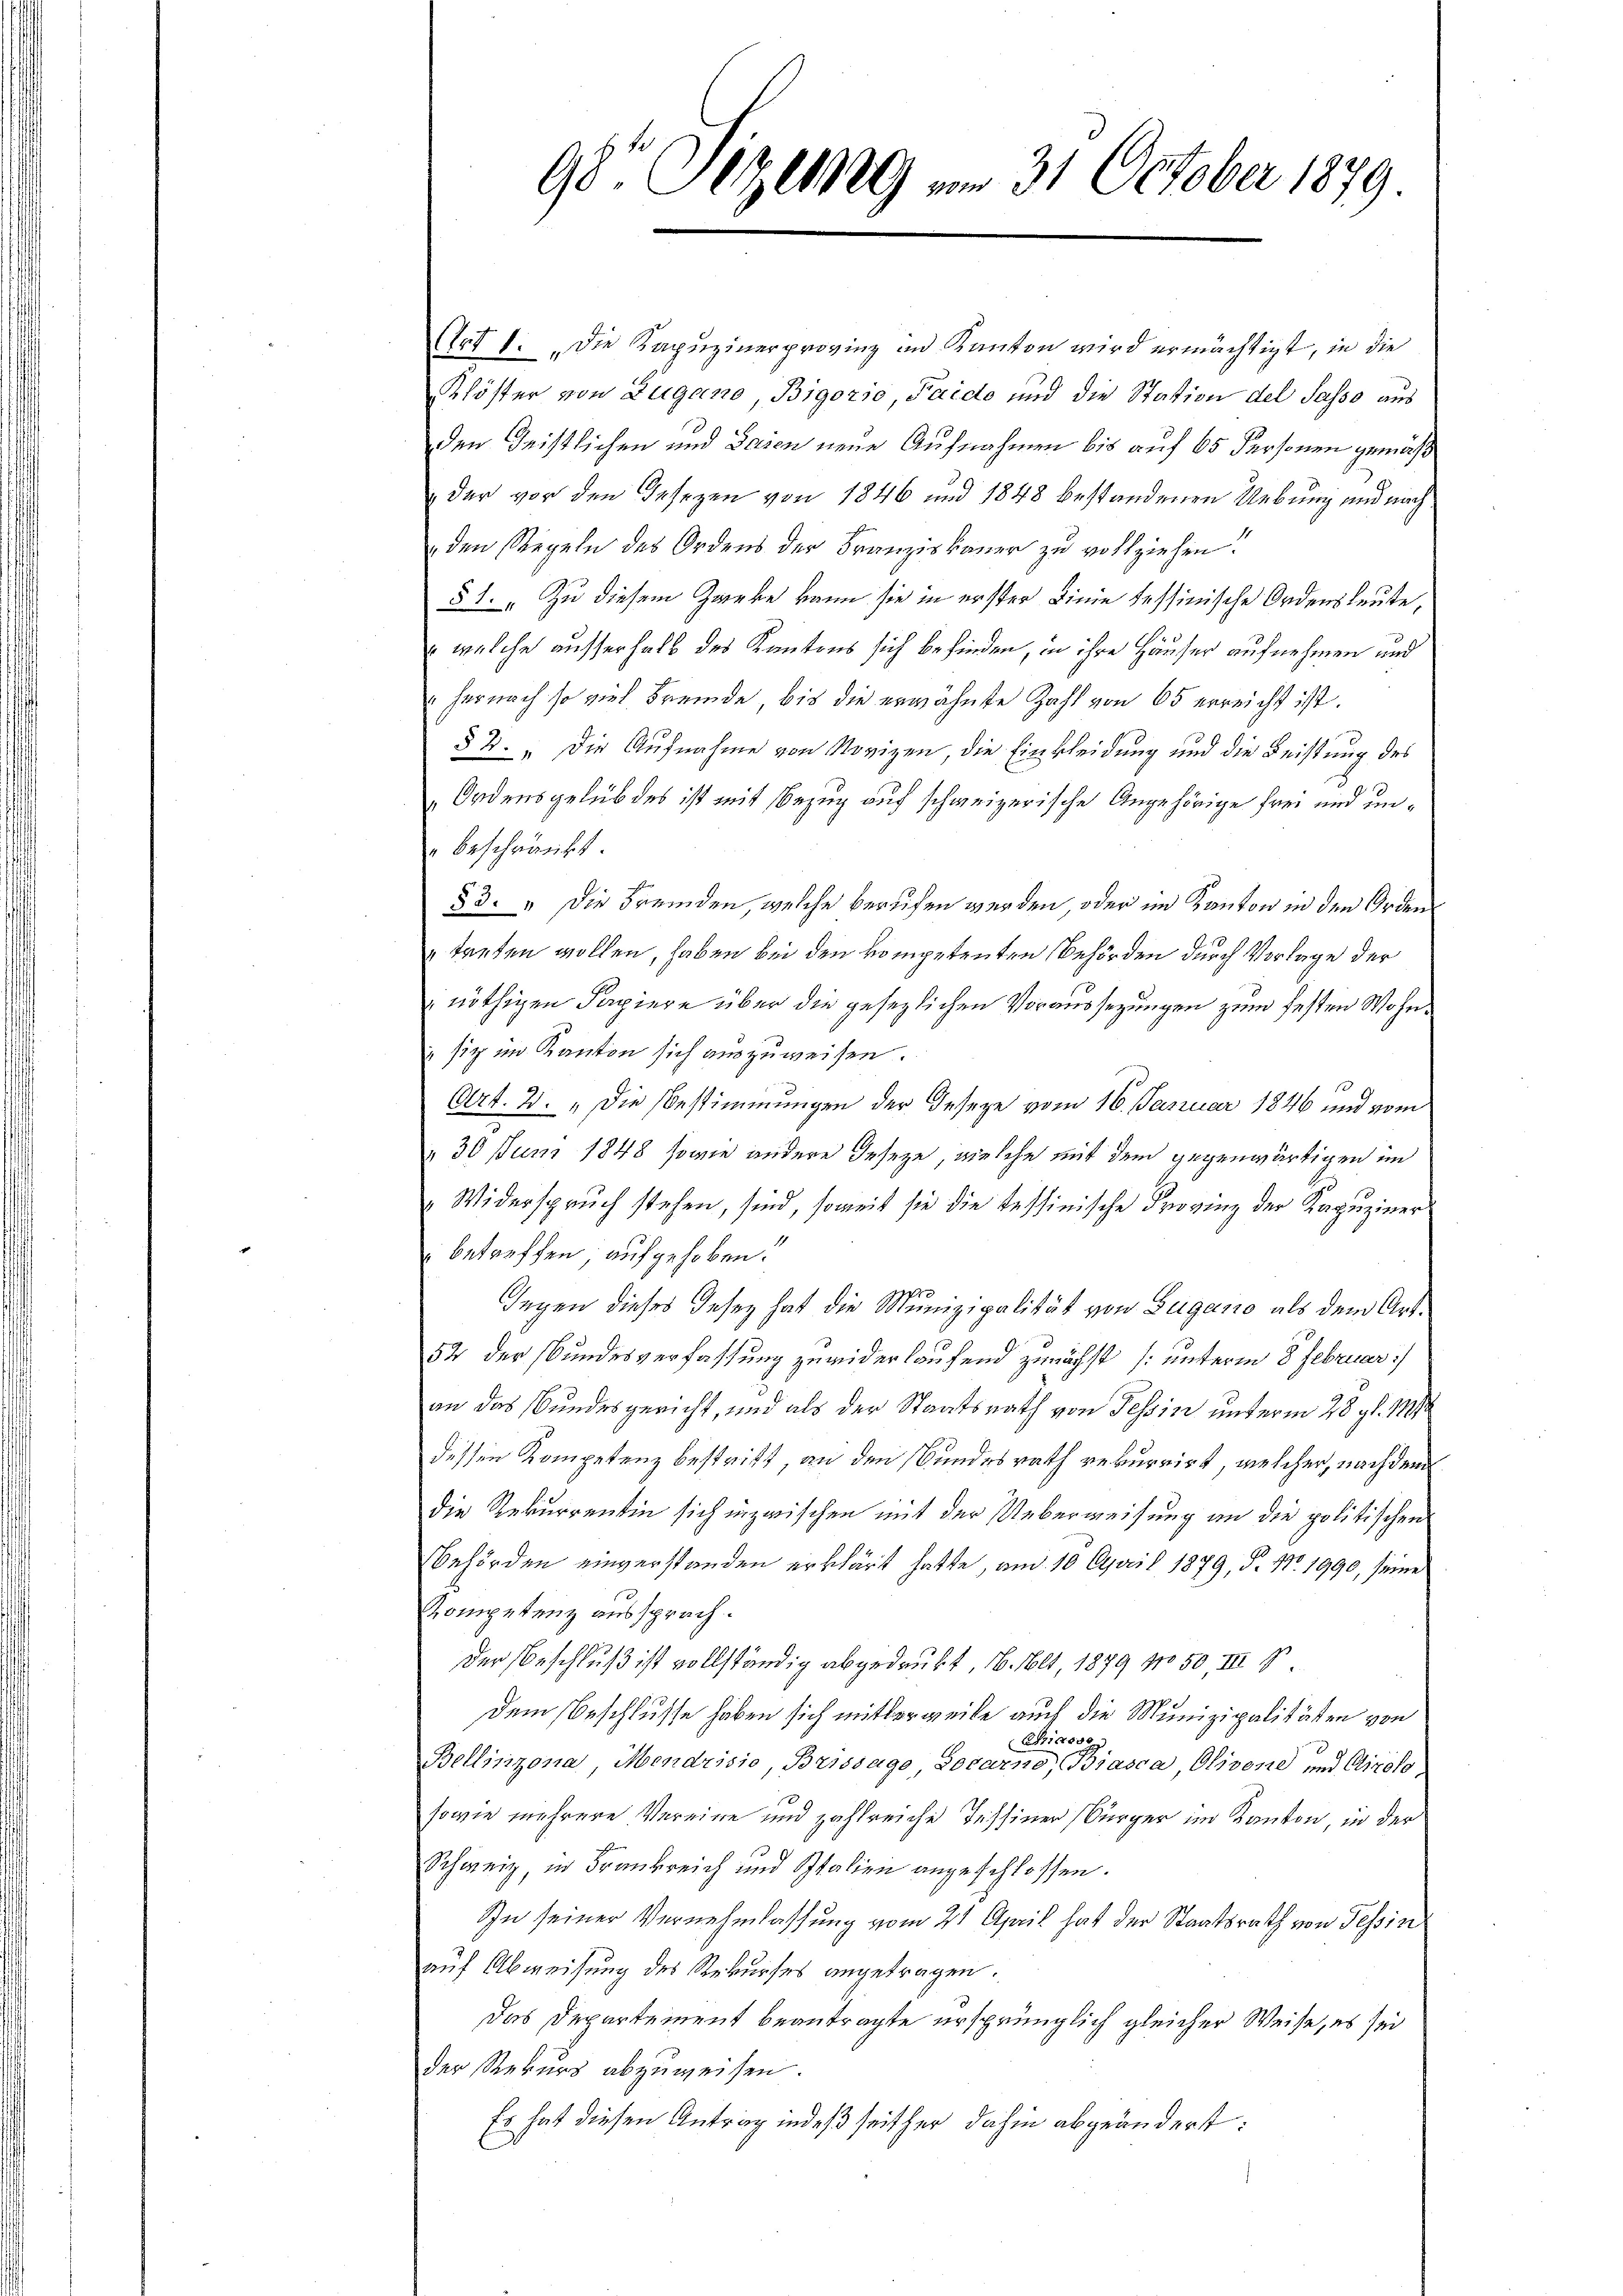
98t Pizemg am 31. October 1879

Art 1. „Die Kapŭzinerprovinz im Kanton wird ermächtigt, in die
Klöster von Zugano, Bigorio, Faido und die Station del Sasso aus
den Geistlichen und Gaisen neue Aufnahmen bis auf 65 Personen gemäß
 der vor den Gesezen von 1846 und 1848 bestandenen Uebung und nach
den Regeln des Ordens der Franziskauer zu vollziehen.
§1. „Zu diesem Zweke kann sie in erster Linie fessinische Ordensleute,
welche ausserhalb des Kantons sich befinden, in ihre Häuser aufnehmen und
„hernach so viel Fremde, bis die erwähnte Zahl von 65 erreicht ist.
§ 2: „Die Aufnahme von Novizen, die Einkleidung und die Leistung des
Ordensgelübdes ist mit Bezug auf schweizerische Angehörige frei und unbeschränkt
83. " Die Fremden, welche berufen werden, oder im Kanton in den Orden
treten wollen, haben bei den kompetenten Behörden durch Vorlage der
 nöthigen Papiere über die gesezlichen Voraussezungen zum festen Wohn¬
"siz im Kanton sich auszuweisen.
Art. 2. „Die Bestimmungen der Geseze vom 16. Januar 1846 und vom
" 30 Juni 1848 sowie andere Geseze, welche mit dem gegenwärtigen im
Widerspruch stehen, sind, soweit sie die Tessinische Provinz der Kapuziner
betreffen aufgehoben.
.
Gegen dieses Gesetz hat die Munizipalität von Zugano als dem Art.
52 der Bundesverfassung zuwiderlaufend zunächst [unterm 8. Februar:/
an das Bundesgericht, und als der Staatsrath von Tessin unterm 28. gl. 1881
dessen Kompetenz bestritt, an den Bundesrath rekurrirt, welcher, nachdem
die Rekurrentin sich inzwischen mit der Ueberweisung an die politischen
Behörden einverstanden erklärt hatte, und 10 April 1879, P. Nr. 1990, seine
Kompetenz aussprach.
Der Beschluß ist vollständig abgedrukt, 16. Mlt, 1879 No 50, III 1
Dem Beschlusse haben sich mitterweile auch die Munizipalitäten von
Chiasse
Bellinzona, Mendrisie, Brissage Locarno, Biasca, Olivone und Airolo
sowie mehrere Vereine und zahlreiche Tessiner Bürger im Kanton, in der
Schweiz, in Frankreich und Stalien angeschlossen.
In seiner Vernehmlassung vom 21 April hat der Staatsrath von Tessin
auf Abweisung des Rekurses angetragen.
Das Departement beantragte ursprünglich gleicher Weise, es sei
der Rekurs abzuweisen.
Es hat diesen Antrag indeß seither dahin abgeändert: